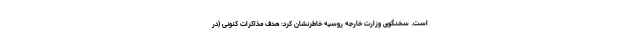
است. سخنگوی وزارت خارجه روسیه خاطرنشان کرد: هدف مذاکرات کنونی (در